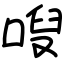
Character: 㖬